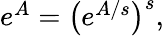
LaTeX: \begin{array}{r}{e^{A}=\big(e^{A/s}\big)^{s},}\end{array}